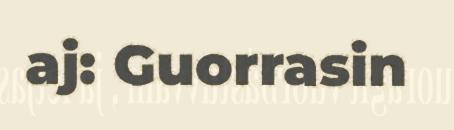
aj: Guorrasin